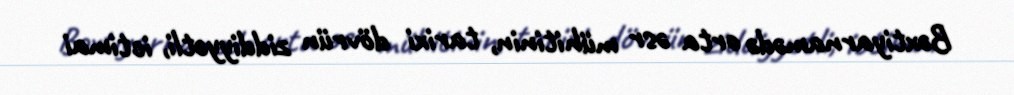
Bəxtiyarnamədə orta əsr mühitinin, tarixi dövrün ziddiyyətli, ictimai